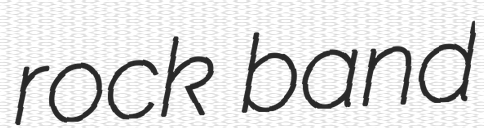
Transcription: rock band